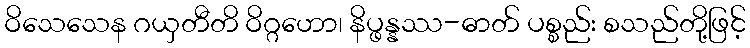
ဝိသေသေန ဂယှတီတိ ဝိဂ္ဂဟော၊ နိပ္ဖန္နဿ-ဓာတ် ပစ္စည်း စသည်တို့ဖြင့်